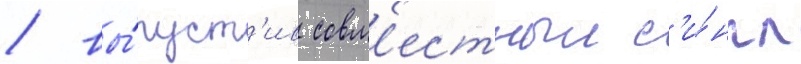
/ вы́пуст'ив совм'естныи с'и́нгл